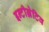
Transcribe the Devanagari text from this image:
इन्टीग्रेटिव